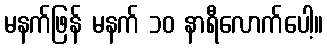
မနက်ဖြန် မနက် ၁၀ နာရီလောက်ပေါ့။